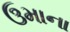
ઉમાના